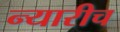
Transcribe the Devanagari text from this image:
न्यारीच